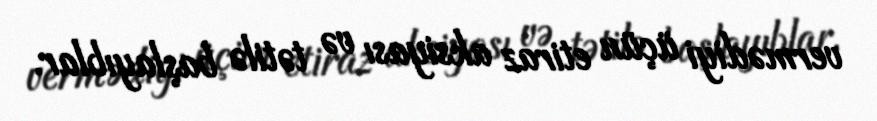
vermədiyi üçün etiraz aksiyası və tətilə başlayıblar.